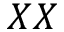
X X